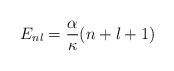
LaTeX: \begin{align*}E_{nl}=\frac{\alpha}{\kappa}(n+l+1)\end{align*}